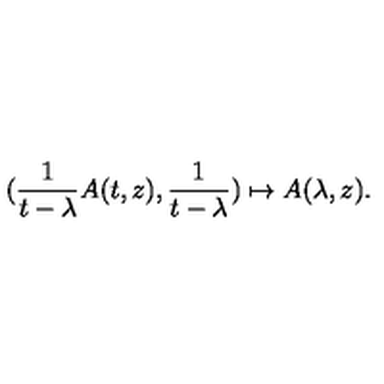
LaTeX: ( \frac { 1 } { t - \lambda } A ( t , z ) , \frac { 1 } { t - \lambda } ) \mapsto A ( \lambda , z ) .